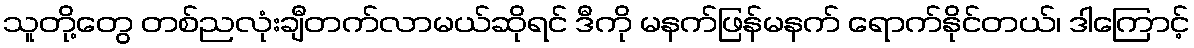
သူတို့တွေ တစ်ညလုံးချီတက်လာမယ်ဆိုရင် ဒီကို မနက်ဖြန်မနက် ရောက်နိုင်တယ်၊ ဒါကြောင့်